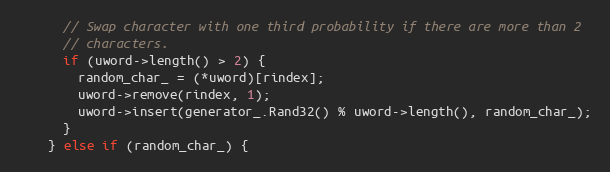
Language: C++
      // Swap character with one third probability if there are more than 2
      // characters.
      if (uword->length() > 2) {
        random_char_ = (*uword)[rindex];
        uword->remove(rindex, 1);
        uword->insert(generator_.Rand32() % uword->length(), random_char_);
      }
    } else if (random_char_) {